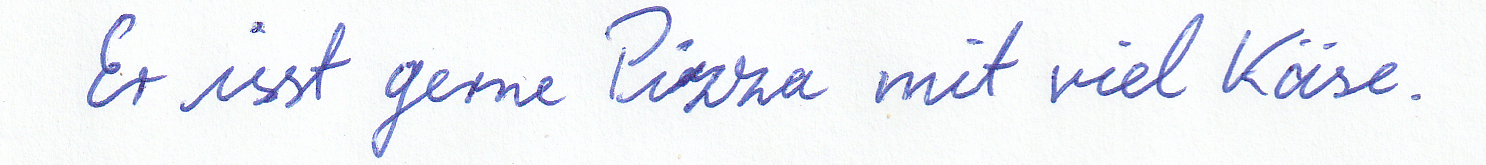
Er isst gerne Pizza mit viel Käse.